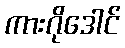
ကားဂိုဒေါင်